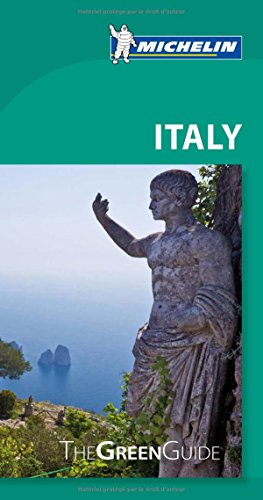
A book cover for Michelin Green Guide Italy (Green Guide/Michelin); Michelin; Travel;